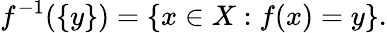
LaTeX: f^{-1}(\{ y\} )=\left\{ x\in X:f(x)=y\right\} .